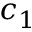
c _ { 1 }